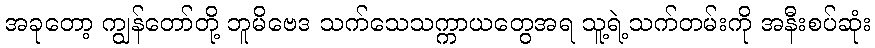
အခုတော့ ကျွန်တော်တို့ ဘူမိဗေဒ သက်သေသက္ကာယတွေအရ သူ့ရဲ့သက်တမ်းကို အနီးစပ်ဆုံး